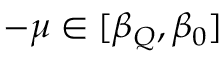
- \mu \in [ \beta _ { Q } , \beta _ { 0 } ]